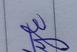
Signature authenticity: genuine